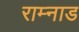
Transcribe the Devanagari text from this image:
राम्नाड